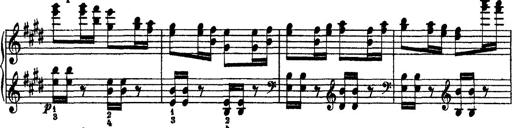
Title: Grandes Ã©tudes de Paganini
Composer: Franz Liszt